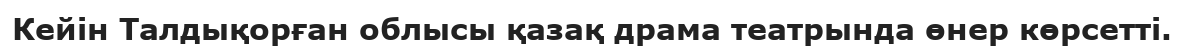
Кейін Талдықорған облысы қазақ драма театрында өнер көрсетті.